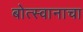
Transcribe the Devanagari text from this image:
बोत्स्वानाचा